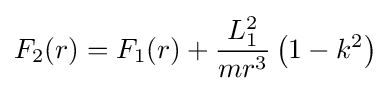
F_{2}(r)=F_{1}(r)+{\frac {L_{1}^{2}}{mr^{3}}}\left(1-k^{2}\right)